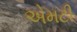
એમટી